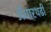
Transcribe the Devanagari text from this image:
अँधारथढी